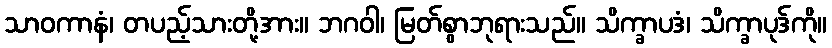
သာဝကာနံ၊ တပည့်သားတို့အား။ ဘဂဝါ၊ မြတ်စွာဘုရားသည်။ သိက္ခာပဒံ၊ သိက္ခာပုဒ်ကို။